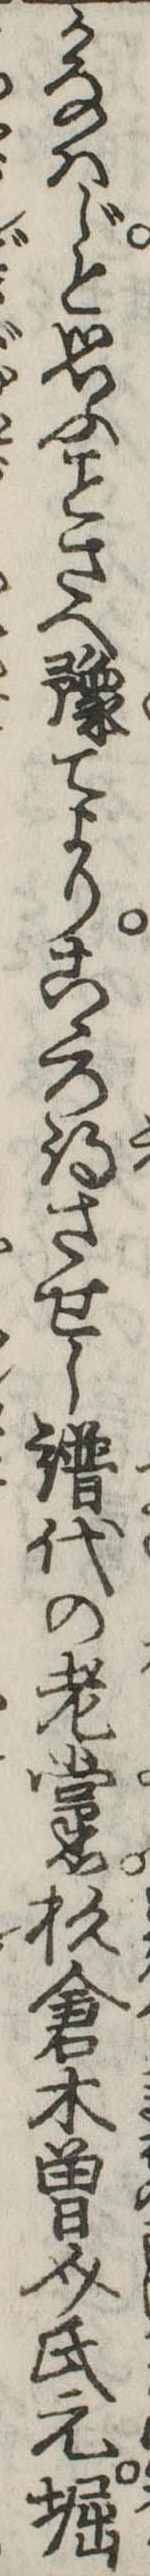
かなはじと思ふさへ予てよりこゝろ得させし譜代の老黨杉倉木曽介氏元堀